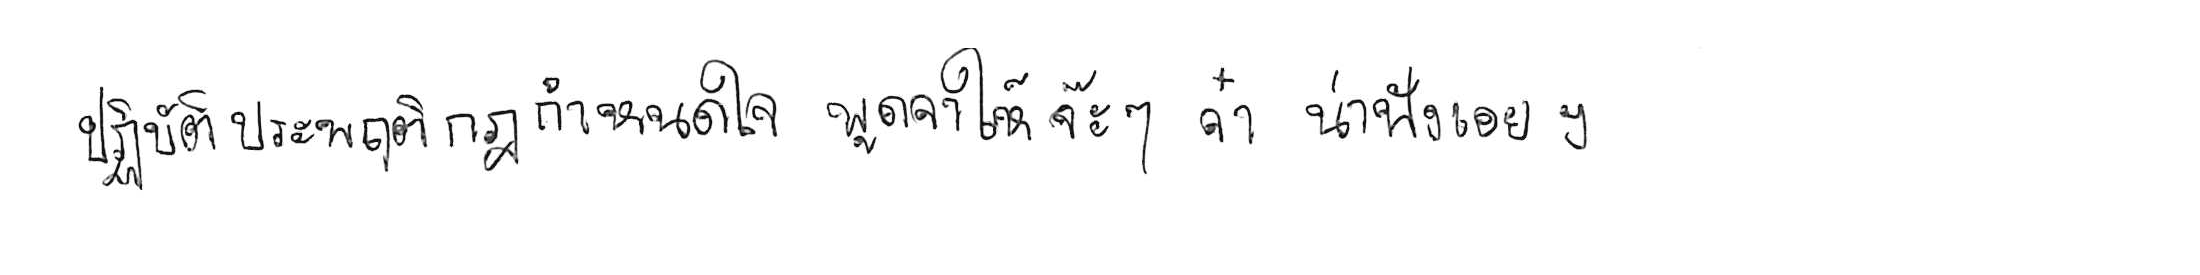
ปฏิบัติประพฤติกฎกำหนดใจ พูดจาให้จ๊ะๆ จ๋า น่าฟังเอยฯ